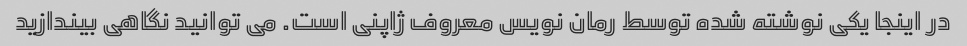
در اینجا یکی نوشته شده توسط رمان نویس معروف ژاپنی است. می توانید نگاهی بیندازید